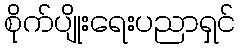
စိုက်ပျိုးရေးပညာရှင်